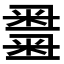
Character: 𥻫